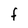
Character: F